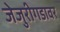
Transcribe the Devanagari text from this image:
जेजुरीगडावर